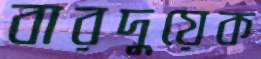
বারদুয়েক